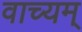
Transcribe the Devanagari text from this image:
वाच्यम्